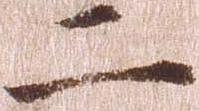
二